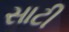
સાટી